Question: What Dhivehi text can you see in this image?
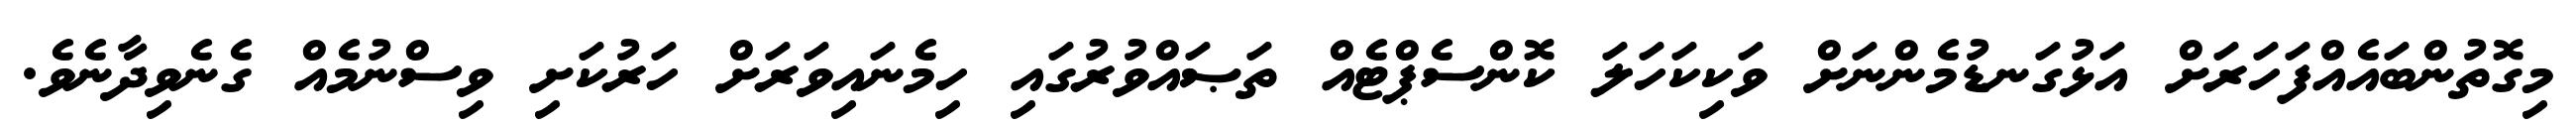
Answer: މިގޮތުންބައެއްފަހަރަށް އަޅުގަނޑުމެންނަށް ވަކިކަހަލަ ކޮންސެޕްޓެއް ތަޞައްވުރުގައި ހިމެނައިވަރަށް ހަރުކަށި ވިސްނުމެއް ގެނެވިދާނެވެ.